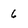
Character: 6